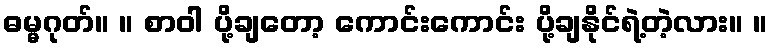
ဓမ္မဂုတ်။ ။ စာဝါ ပို့ချတော့ ကောင်းကောင်း ပို့ချနိုင်ရဲ့တဲ့လား။ ။